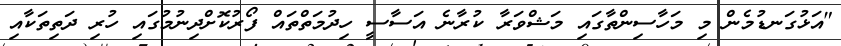
"އަޅުގަނޑުމެން މި މަހާސިންތާގައި މަޝްވަރާ ކުރާނެ އަސާސީ ހިދުމަތްތައް ފޯރުކޮށްދިނުމުގައި ހުރި ދަތިތަކާއި